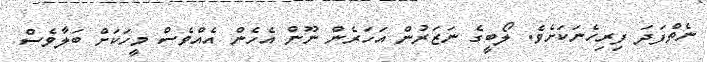
ނެތްފަދަ ފިރިހެނަކަށެވެ. ލޯބީގެ ނަޒަރުން އަހަރެން ނޫން އެހެން އެއްވެސް މީހަކަށް ބަލާވެސް